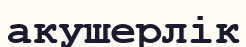
акушерлік